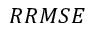
R R M S E